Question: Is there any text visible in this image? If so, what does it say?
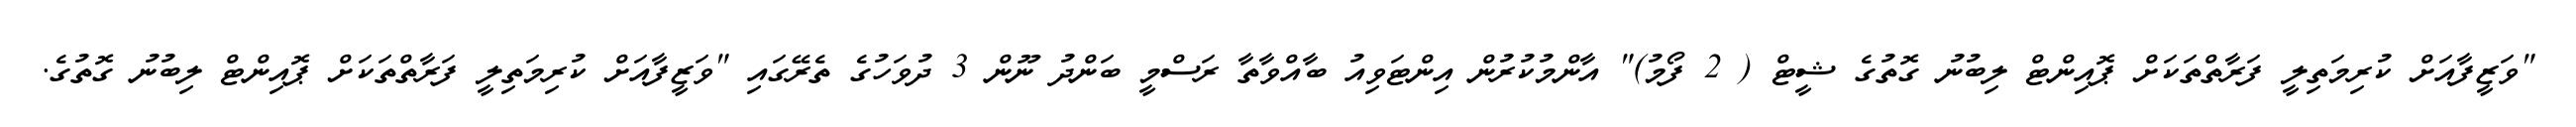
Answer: "ވަޒީފާއަށް ކުރިމަތިލީ ފަރާތްތަކަށް ޕޮއިންޓް ލިބުނު ގޮތުގެ ޝީޓް ( 2 ފޯމު)" އާންމުކުރުން އިންޓަވިއު ބާއްވާތާ ރަސްމީ ބަންދު ނޫން 3 ދުވަހުގެ ތެރޭގައި "ވަޒީފާއަށް ކުރިމަތިލީ ފަރާތްތަކަށް ޕޮއިންޓް ލިބުނު ގޮތުގެ.